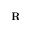
\mathbf { R }